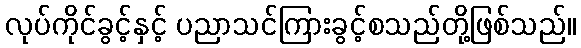
လုပ်ကိုင်ခွင့်နှင့် ပညာသင်ကြားခွင့်စသည်တို့ဖြစ်သည်။